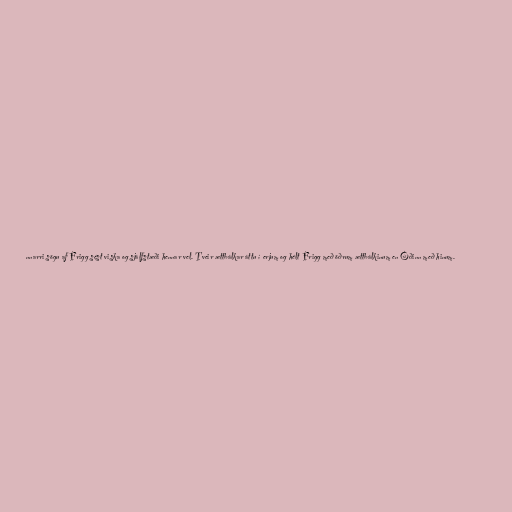
nnarri sögu af Frigg sést viska og sjálfstæði hennar vel. Tveir ættbálkar áttu í erjum og hélt Frigg með öðrum ættbálkinum en Óðinn með hinum.